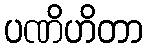
ပဏိဟိတာ